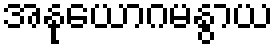
အနုယောဂမနွာယ